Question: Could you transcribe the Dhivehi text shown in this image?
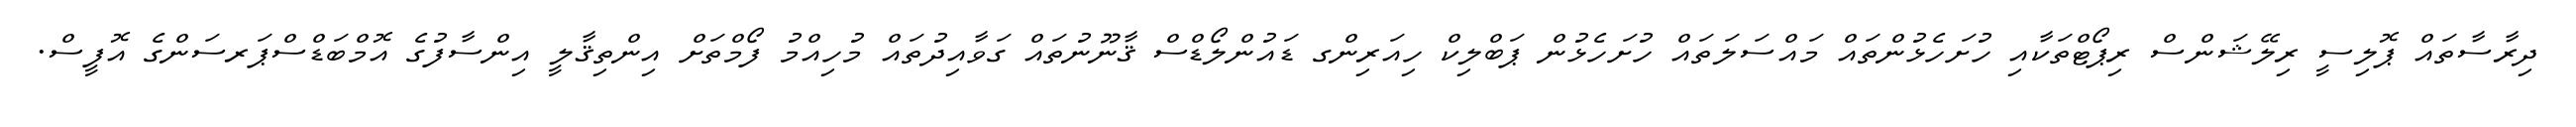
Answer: ދިރާސާތައް ޕޮލިސީ ރިލޭޝަންސް ރިޕޯޓްތަކާއި ހުށަހެޅުންތައް މައްސަލަތައް ހުށަހެޅުން ޕަބްލިކް ހިއަރިންގ ޑައުންލޯޑްސް ޤާނޫނުތައް ގަވާއިދުތައް މުހިއްމު ފޯމްތަށް އިންތިޤާލީ އިންސާފުގެ އޮމްބަޑްސްޕަރސަންގެ އޮފީސް.